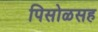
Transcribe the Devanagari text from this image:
पिसोळसह